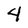
Character: 4